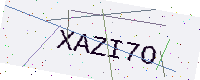
Text: XAZI7O